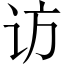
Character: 访